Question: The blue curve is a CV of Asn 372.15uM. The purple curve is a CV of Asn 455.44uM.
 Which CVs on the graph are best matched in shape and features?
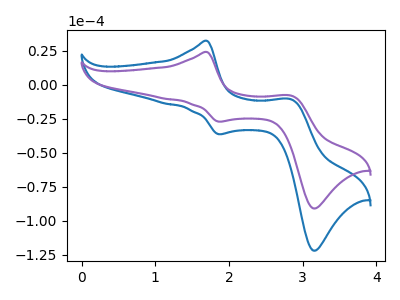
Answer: <think>The blue curve "Asn 372.15uM" has anodic peaks at (1.70V, 32.25uA) (2.85V, -10.75uA) and cathodic peaks at (1.85V, -36.30uA) (3.15V, -121.80uA). The purple curve "Asn 455.44uM" has anodic peaks at (1.70V, 24.05uA) (2.85V, -8.00uA) and cathodic peaks at (1.85V, -27.10uA) (3.15V, -90.80uA).
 All the peaks in "Asn 372.15uM" have a peak in "Asn 455.44uM" at the same potential.</think>
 <answer>"Asn 455.44uM" and "Asn 372.15uM" have the same shape and are likely CV's of the same chemical.</answer>
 <eval>"Asn 455.44uM" "Asn 372.15uM"</eval>